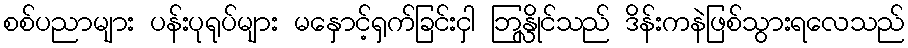
စစ်ပညာများ ပန်းပုရုပ်များ မနှောင့်ရှက်ခြင်းငှါ ဘြန္လိုင်သည် ဒိန်းကနဲဖြစ်သွားရလေသည်